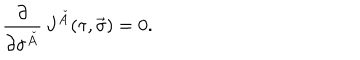
\frac { \partial } { \partial \sigma ^ { \check { A } } } \, J ^ { \check { A } } ( \tau , \vec { \sigma } ) = 0 .